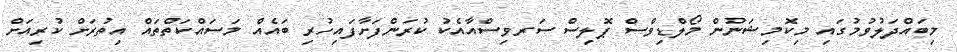
މިބައްދަލުވުމުގައި މިކޮމިޝަނުން މޯލްޑިވްސް ޕޮލިސް ސަރވިސްއާއެކު ކުރަންފަށާފައިހުރި ބައެއް މަސައްކަތްތައް އިތުރަށް ކުރިއަށް